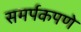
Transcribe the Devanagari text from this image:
समर्पकपणे